Indian journal of veterinary science and animal husbandry - Volume 6,
Year: 1936
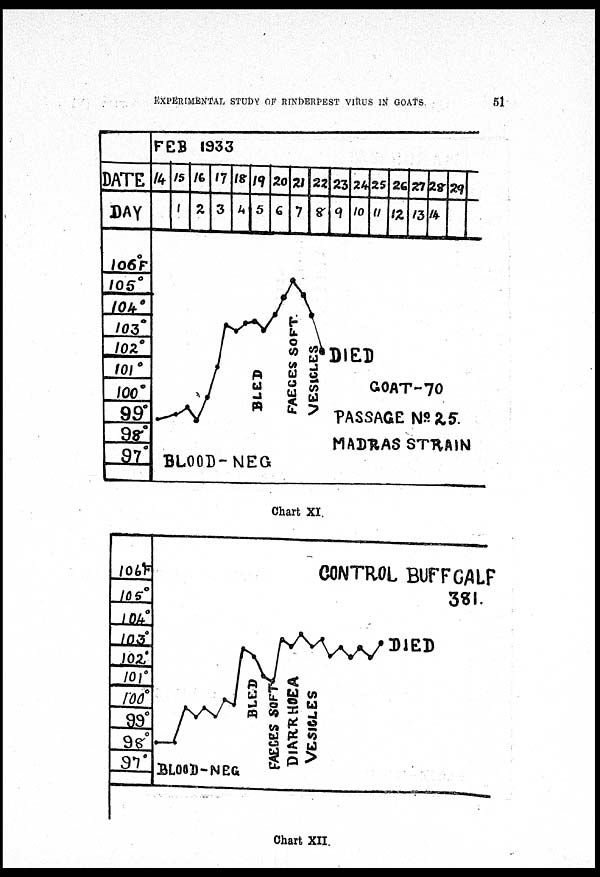
EXPERIMENTAL STUDY OF RINDERPEST VIRUS IN GOATS
51
Chart XI.
Chart XII.